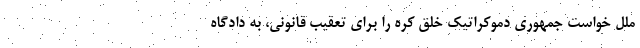
ملل خواست جمهوری دموکراتیک خلق کره را برای تعقیب قانونی، به دادگاه